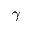
\gamma